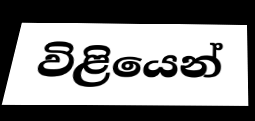
විළියෙන්